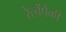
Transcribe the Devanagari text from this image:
रेल्वेंपैकी